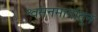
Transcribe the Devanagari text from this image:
श्वसनमार्गातून